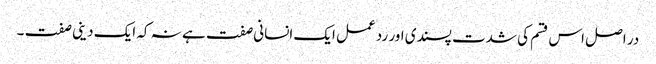
در اصل اس قسم کی شدت پسندی اور رد عمل ایک انسانی صفت ہے نہ کہ ایک دینی صفت ۔